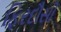
ફિરદૌસી